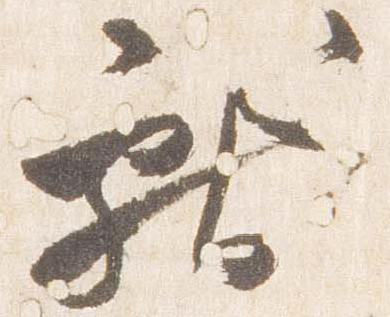
献